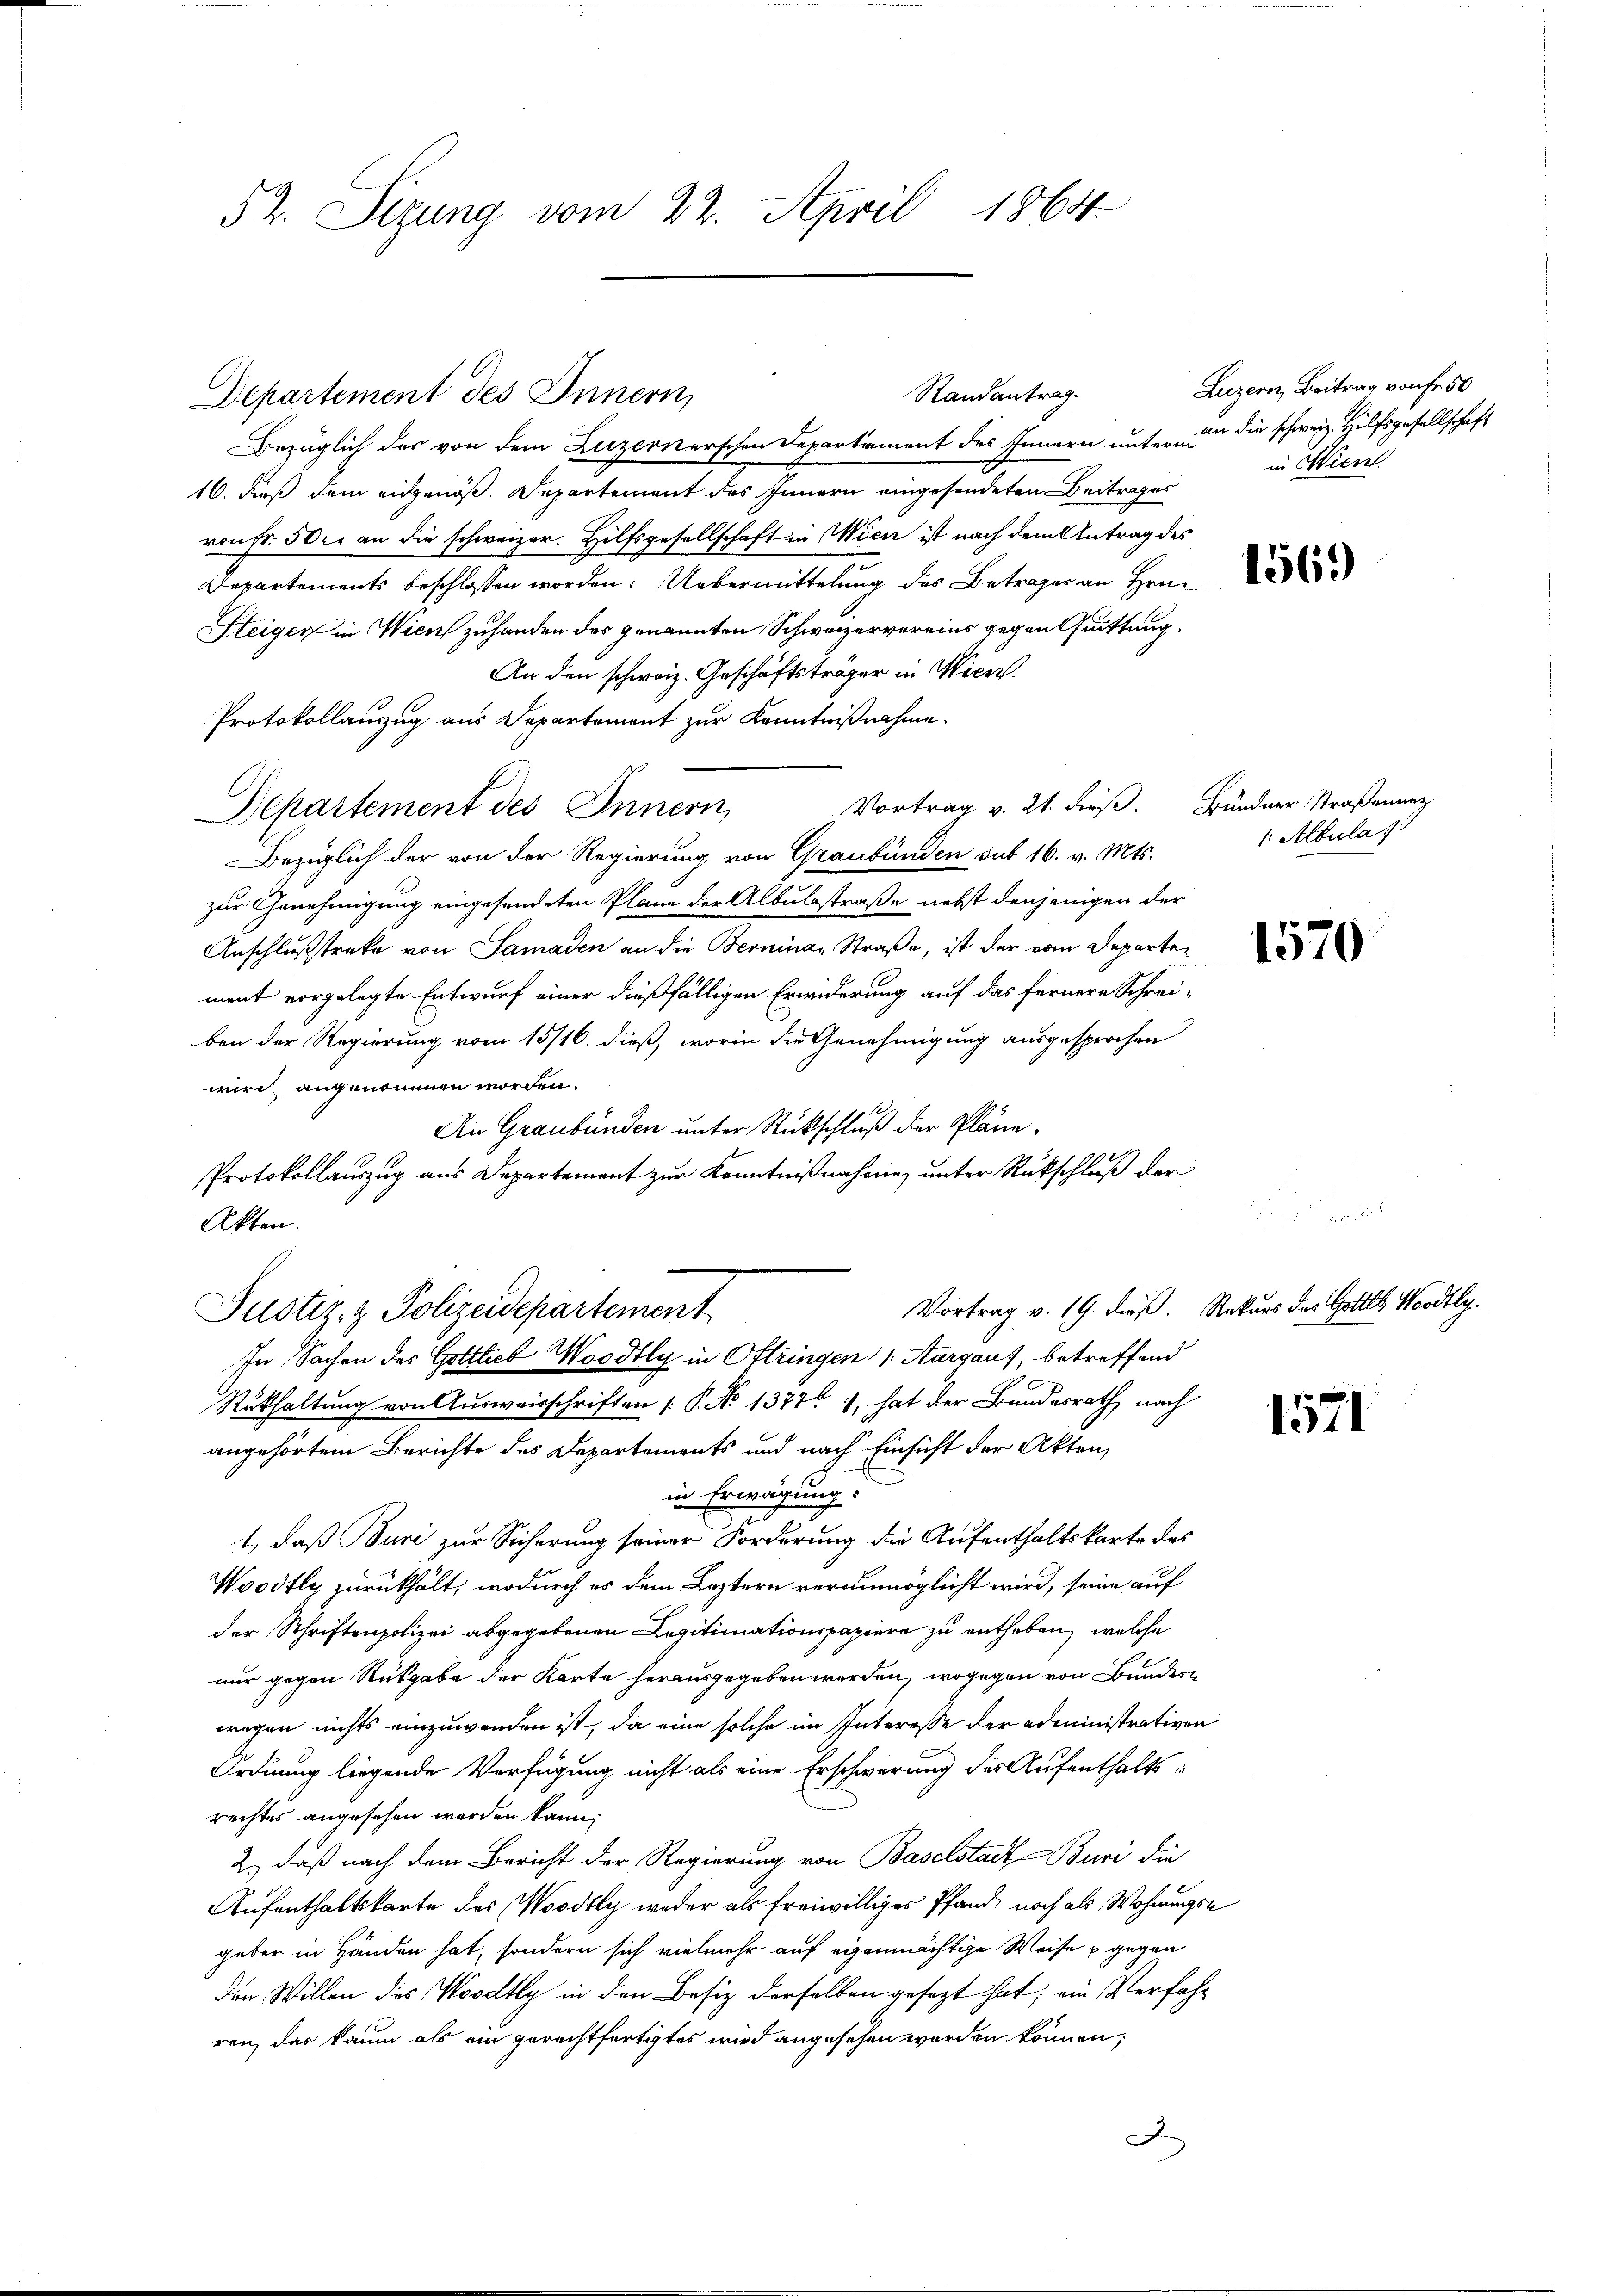
52. Sizung vom 22. April 1864.

Bezüglich des von dem Luzernerschen Departiment des Innern unter an die schweiz. Hilfsgesellschaft
16. dieß dem eidgenöß. Departement des Innern eingesendeten Beitrages
von Fr. 50c an die schweizer. Hilfsgesellschaft in Wien ist nach dem Antrag des
Departements beschlossen worden. Uebermittelung des Betragen an Hrn. Da
Steiger in Wien zuhanden des genannten Schweizervereins gegenthuittung.
An den schweiz. Geschäftsträger in Wien.
Protokollauszug aus Departement zur Kenntnißnahme.
Vortrag v. 21. dieß. Bündner Straßenunz
Departement des Innern,
Bezüglich der von der Regierung von Graubünden sub 16. v. Mts.
zur Genehmigung eingesendeten Plane der Albubstraße nebst denjenigen der
Anschlussstreke von Samaden an die Bernina Straße, ist der vom Departen
ment vorgelegte Entwurf einer dießfälligen Erwiderung auf das fernere Schreiben der Regierung vom 15/16. dieß, worin die Genehmigung ausgesprochen
wird angenommen worden.
An Graubünden unter Rückschluß der Pläne.
Protokollauszug aus Departement zur Kenntnißnahme, unter Rückschluß der
Akten.
Vortrag v. 19. dieß. Rekurs des Gottel, Woodtly.
Justiz- & Polizeidepartement
In Sachen des Gottlieb Woodtly in Ottringen 1. Aargauf, betreffend
Rükhaltung von Ausweisschriften [P. No 1377, hat der Bundesrath nach
angehörtem Berichte des Departements und nach Einsicht der Akten,
in Erwägung:
1., daß Buri zur Sicherung seiner Forderung die Aufenthaltskarte des
Woodtly zurückhält, wodurch es dem Leztern verunmöglicht wird, seine auf
der Schriftenpolizei abgegebenen Legitimationspapiere zu entheben, welche
nur gegen Rückgabe der Karte herausgegeben werden, wogegen von Bunderwegen nichts einzuwenden ist, da eine solche im Interesse der administrativen
Ordnung liegende Verfügung nicht als eine Erschwerung der Aufenthaltsrechtes angesehen werden kann;
2.) Daß nach dem Bericht der Regierung von Baselstadt Buri die
Aufenthaltskarte des Woodtly weder als freiwilliges Pfand, noch als Wohnungsgeber in Händen hat, sondern sich vielmehr auf eigenmächtige Weise u gegen
den Willen des Woodty in den Besiz derselben gesagt hat; ein Verfahr
ren, das kaum als ein gerechtfertigtes wird angesehen worden können;
J

Departement des Innern,

Randantrag.

Luzern, Beitrag von fr. 50
in Wien.

1: Albula

1571